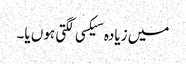
میں زیادہ سیکسی لگتی ہوں یا۔